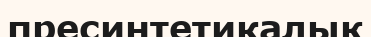
пресинтетикалық